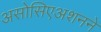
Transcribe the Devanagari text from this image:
असोसिएअशनने